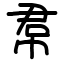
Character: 帬